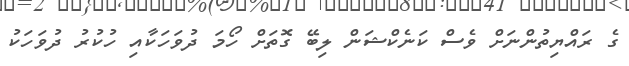
ގެ ރައްޔިތުންނަށް ވެސް ކަނެކްޝަން ލިބޭ ގޮތަށް ހޯމަ ދުވަހަކާއި ހުކުރު ދުވަހަކު